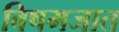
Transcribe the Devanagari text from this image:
विषमजात